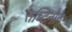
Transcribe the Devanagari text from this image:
सब्टिनोन